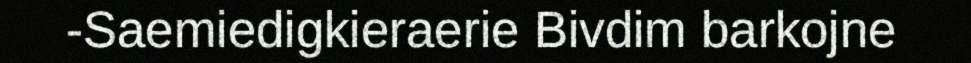
-Saemiedigkieraerie Bivdim barkojne